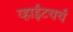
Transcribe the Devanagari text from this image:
व्हाईटचर्च